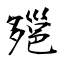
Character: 郺